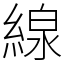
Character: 線